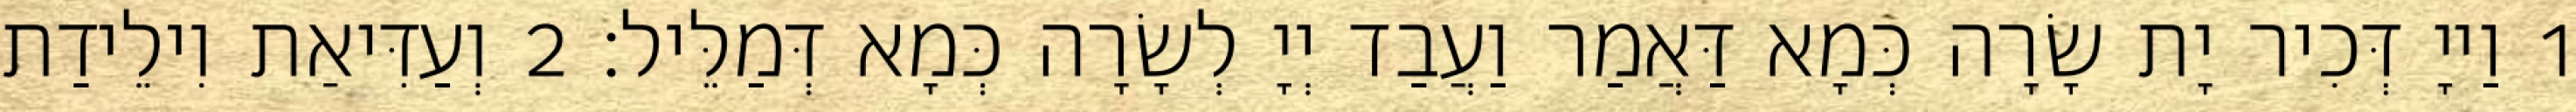
1 וַייָ דְּכִיר יָת שָׂרָה כְּמָא דַּאֲמַר וַעֲבַד יְיָ לְשָׂרָה כְּמָא דְּמַלֵּיל׃ 2 וְעַדִּיאַת וִילֵידַת